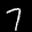
Label: 7